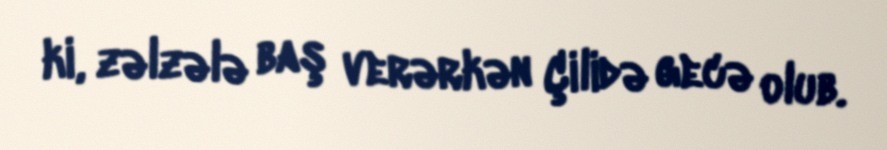
ki, zəlzələ baş verərkən Çilidə gecə olub.